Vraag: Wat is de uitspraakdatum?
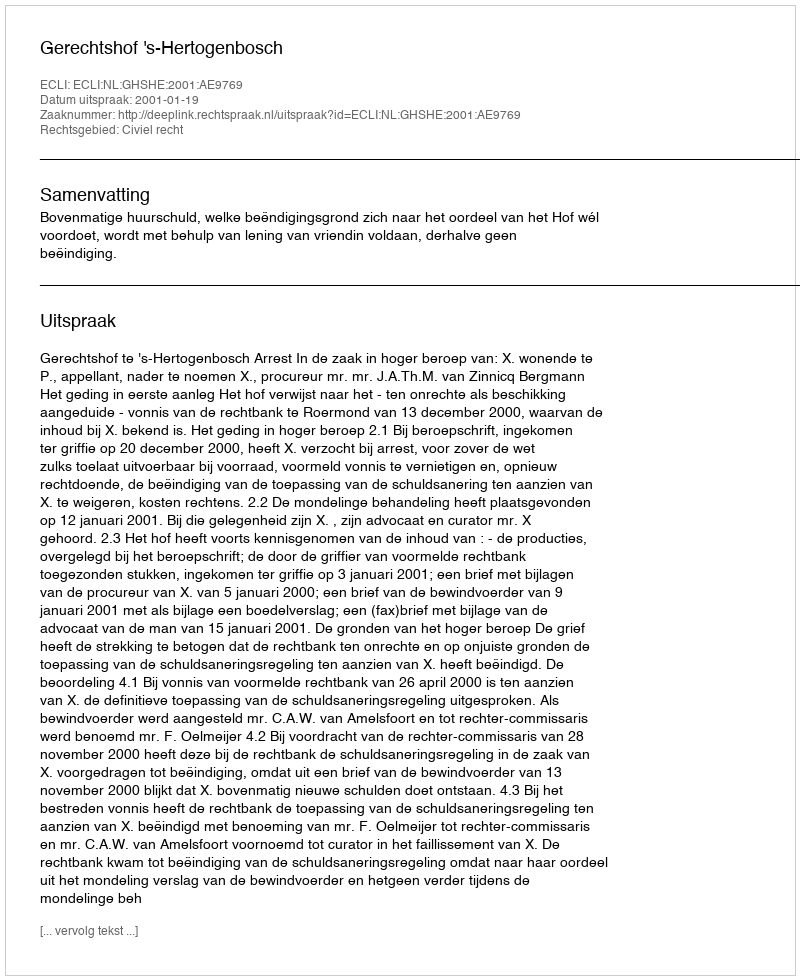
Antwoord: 2001-01-19